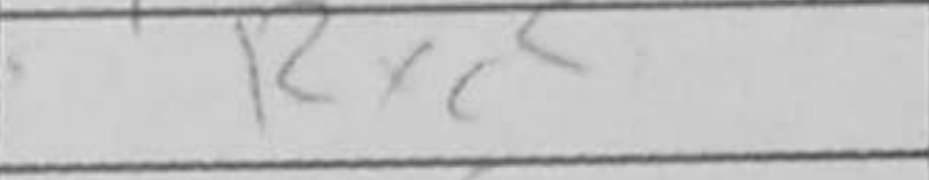
Transcription: Rxc5